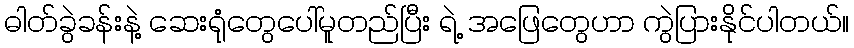
ဓါတ်ခွဲခန်းနဲ့ ဆေးရုံတွေပေါ်မူတည်ပြီး ရဲ့ အဖြေတွေဟာ ကွဲပြားနိုင်ပါတယ်။